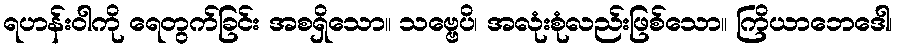
ရဟန်းဝါကို ရေတွက်ခြင်း အစရှိသော။ သဗ္ဗေပိ၊ အလုံးစုံလည်းဖြစ်သော။ ကြိယာဘေဒေါ၊